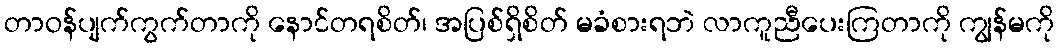
တာဝန်ပျက်ကွက်တာကို နောင်တရစိတ်၊ အပြစ်ရှိစိတ် မခံစားရဘဲ လာကူညီပေးကြတာကို ကျွန်မကို